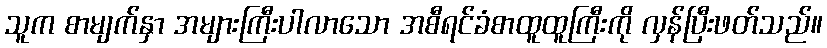
သူက စာမျက်နှာ အများကြီးပါလာသော အစီရင်ခံစာထူထူကြီးကို လှန်ပြီးဖတ်သည်။